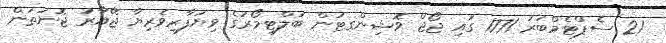
21 ސެޕްޓެމްބަރު 1771 ގައި ޖޯޖް ވޮޝިންގޓަން ބަލްޓިމޯރުގެ ވިޔަފާރިވެރިޔާ ޖޭއާރު ޖޮނަތަން